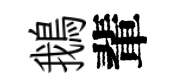
鵝輩